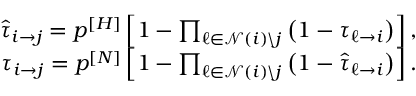
\begin{array} { r } { \hat { \tau } _ { i \rightarrow j } = p ^ { [ H ] } \left[ 1 - \prod _ { \ell \in \mathcal { N } ( i ) \backslash j } \left( 1 - \tau _ { \ell \rightarrow i } \right) \right] , } \\ { \tau _ { i \rightarrow j } = p ^ { [ N ] } \left[ 1 - \prod _ { \ell \in \mathcal { N } ( i ) \backslash j } \left( 1 - \hat { \tau } _ { \ell \rightarrow i } \right) \right] . } \end{array}